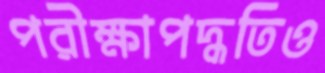
পরীক্ষাপদ্ধতিও